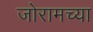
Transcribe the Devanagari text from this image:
जोरामच्या